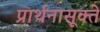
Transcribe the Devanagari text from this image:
प्रार्थनासूक्ते